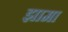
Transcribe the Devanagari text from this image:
झामा